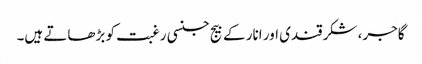
گاجر، شکرقندی اور انار کے بیج جنسی رغبت کو بڑھاتے ہیں۔